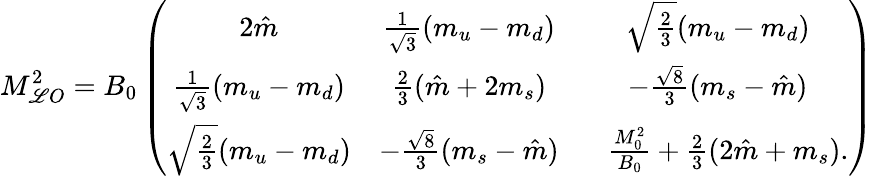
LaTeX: M_{\mathscr{L}O}^{2}=B_{0}\left(\begin{array}{ccc}{{2\hat{m}}}&{{\frac{1}{\sqrt{3}}(m_{u}-m_{d})}}&{{\sqrt{\frac{2}{3}}(m_{u}-m_{d})}}\\ {{\frac{1}{\sqrt{3}}(m_{u}-m_{d})}}&{{\frac{2}{3}(\hat{m}+2m_{s})}}&{{-\frac{\sqrt{8}}{3}(m_{s}-\hat{m})}}\\ {{\sqrt{\frac{2}{3}}(m_{u}-m_{d})}}&{{-\frac{\sqrt{8}}{3}(m_{s}-\hat{m})}}&{{~~~\frac{M_{0}^{2}}{B_{0}}+\frac{2}{3}(2\hat{m}+m_{s}).}}\end{array}\right)